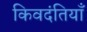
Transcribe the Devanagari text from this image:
किवदंतियाँ